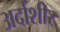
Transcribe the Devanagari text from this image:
अर्दाशीर